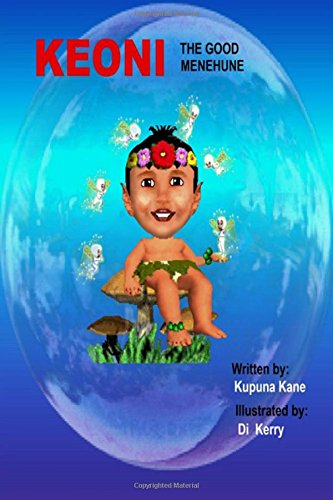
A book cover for Keoni the Good Menehune (Keoni the Menehune) (Volume 1); Mr Kupuna Kane; Parenting & Relationships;